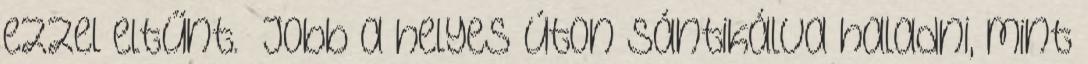
ezzel eltűnt. „Jobb a helyes úton sántikálva haladni, mint